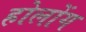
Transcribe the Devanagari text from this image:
होलोंग